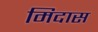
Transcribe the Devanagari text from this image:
मिदास